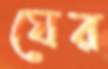
ঘের